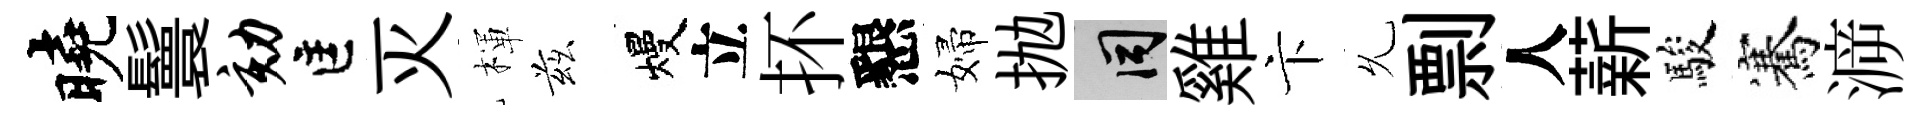
曉鬟劾匡灭楎兹熳立抔懇婦抛间雞卞𠃔剽人薪駿騫㴑